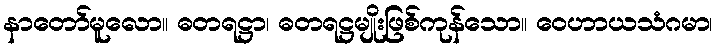
နာတော်မူလော။ ဓတရဋ္ဌာ၊ ဓတရဋ္ဌမျိုးဖြစ်ကုန်သော။ ဝေဟာယသံဂမာ၊